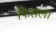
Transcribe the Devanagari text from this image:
फिसला